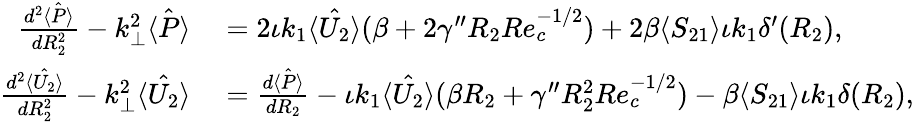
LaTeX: \begin{array}{rl}{\frac{d^{2}\hat{\langle P\rangle}}{dR_{2}^{2}}-k_{\perp}^{2}\hat{\langle P\rangle}}&{{}=2\iota k_{1}\hat{\langle U_{2}\rangle}(\beta+2\gamma^{\prime\prime}R_{2}Re_{c}^{-1/2})+2\beta\langle S_{21}\rangle\iota k_{1}\delta^{\prime}(R_{2}),}\\ {\frac{d^{2}\hat{\langle U_{2}\rangle}}{dR_{2}^{2}}-k_{\perp}^{2}\hat{\langle U_{2}\rangle}}&{{}=\frac{d\hat{\langle P\rangle}}{dR_{2}}-\iota k_{1}\hat{\langle U_{2}\rangle}(\beta R_{2}+\gamma^{\prime\prime}R_{2}^{2}Re_{c}^{-1/2})-\beta\langle S_{21}\rangle\iota k_{1}\delta(R_{2}),}\end{array}